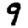
Digit: 9